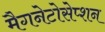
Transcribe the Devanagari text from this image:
मैगनेटोसेप्शन